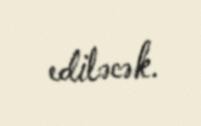
ediləcək.